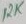
Text: 12K